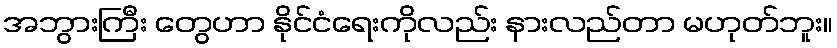
အဘွားကြီး တွေဟာ နိုင်ငံရေးကိုလည်း နားလည်တာ မဟုတ်ဘူး။